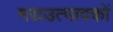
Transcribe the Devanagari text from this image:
मद्यउत्पादकों